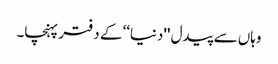
وہاں سے پیدل ''دنیا‘‘ کے دفتر پہنچا۔